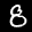
Label: 8